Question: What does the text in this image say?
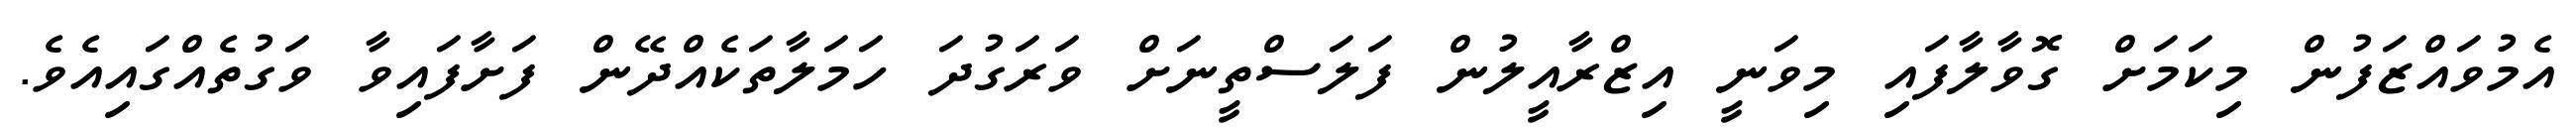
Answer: އެމުވައްޒަފުން މިކަމަށް ގޮވާލާފައި މިވަނީ އިޒްރާއީލުން ފަލަސްތީނަށް ވަރަގުދަ ހަމަލާތަކެއްދޭން ފަށާފައިވާ ވަގުތެއްގައިއެވެ.